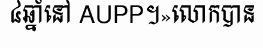
៤ឆ្នាំនៅ AUPP។»លោកបាន